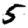
Digit: 5